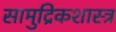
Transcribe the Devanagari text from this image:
सामुद्रिकशास्त्र